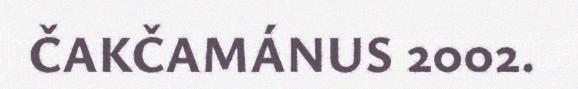
ČAKČAMÁNUS 2002.